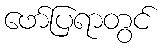
ဖော်ပြရာတွင်